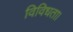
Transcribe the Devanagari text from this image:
विविधता।